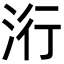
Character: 洐